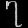
Digit: ၇